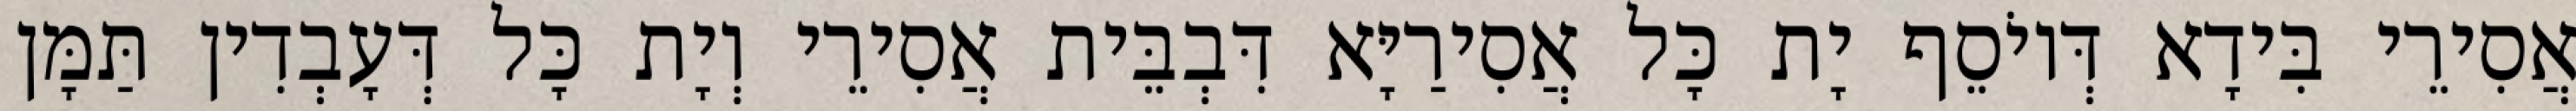
אֲסִירֵי בִּידָא דְּיוֹסֵף יָת כָּל אֲסִירַיָּא דִּבְבֵּית אֲסִירֵי וְיָת כָּל דְּעָבְדִין תַּמָּן